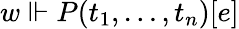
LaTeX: w\Vdash P(t_{1},\dots,t_{n})[e]